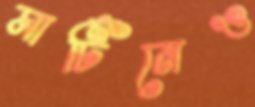
মার্টিনেও